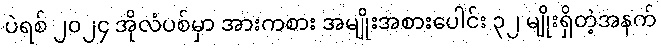
ပဲရစ် ၂၀၂၄ အိုလံပစ်မှာ အားကစား အမျိုးအစားပေါင်း ၃၂ မျိုးရှိတဲ့အနက်